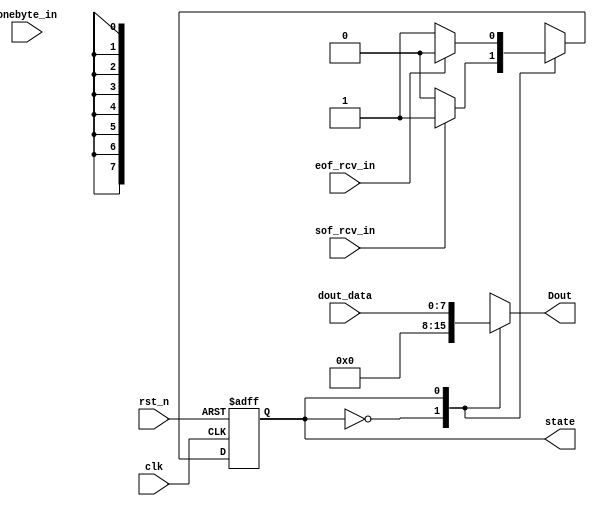
module control_unit (
    sof_rcv_in, eof_rcv_in, rst_n, dout_data, Dout, state, onebyte_in, clk
);
    input sof_rcv_in, eof_rcv_in, onebyte_in, clk;
    input rst_n;
    input [7:0] dout_data;
    
    output [7:0] Dout;
    reg [7:0] Dout;

    output state;
    reg state, nstate;


    parameter 
    sof_invalid = 1'b0,
    sof_received = 1'b1;

    //combinational logic for generating next state
    always @(state or sof_rcv_in or eof_rcv_in) begin
        case (state)
           sof_invalid : if (sof_rcv_in) begin
               nstate = sof_received;
           end else begin
               nstate = sof_invalid;
           end
           sof_received : if (eof_rcv_in) begin // Eof receiving.
               nstate = sof_invalid;
           end else begin
               nstate = sof_received;
           end
            default: nstate = 1'bx;
        endcase
    end

    //sequencial logic for changing state
    always @(posedge clk or negedge rst_n) begin
        if (!rst_n) begin
            state <= sof_invalid;
        end else begin
            state <= nstate;
        end
    end

    //combinational logic for generating output
    
    always @(onebyte_in) begin
        case (state)
           sof_invalid : Dout = 8'd0;
           sof_received : Dout = dout_data;
           default: Dout = 8'bx;
        endcase        
    end
    

    //assign Dout = (state) ? dout_data : 1'b0;

endmodule